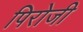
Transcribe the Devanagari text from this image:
पिरोजी